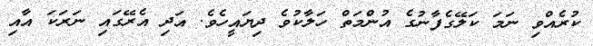
ކުރެއްވި ނަމަ ކަލޭގެފާނުގެ އުންމަތް ހަލާކުވެ ދިޔައީހެވެ. އަދި އެރޭގައި ނަރަކަ އާއި